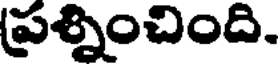
ప్రశ్నించింది.